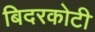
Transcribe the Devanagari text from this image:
बिदरकोटी